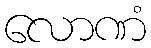
လောဏံ